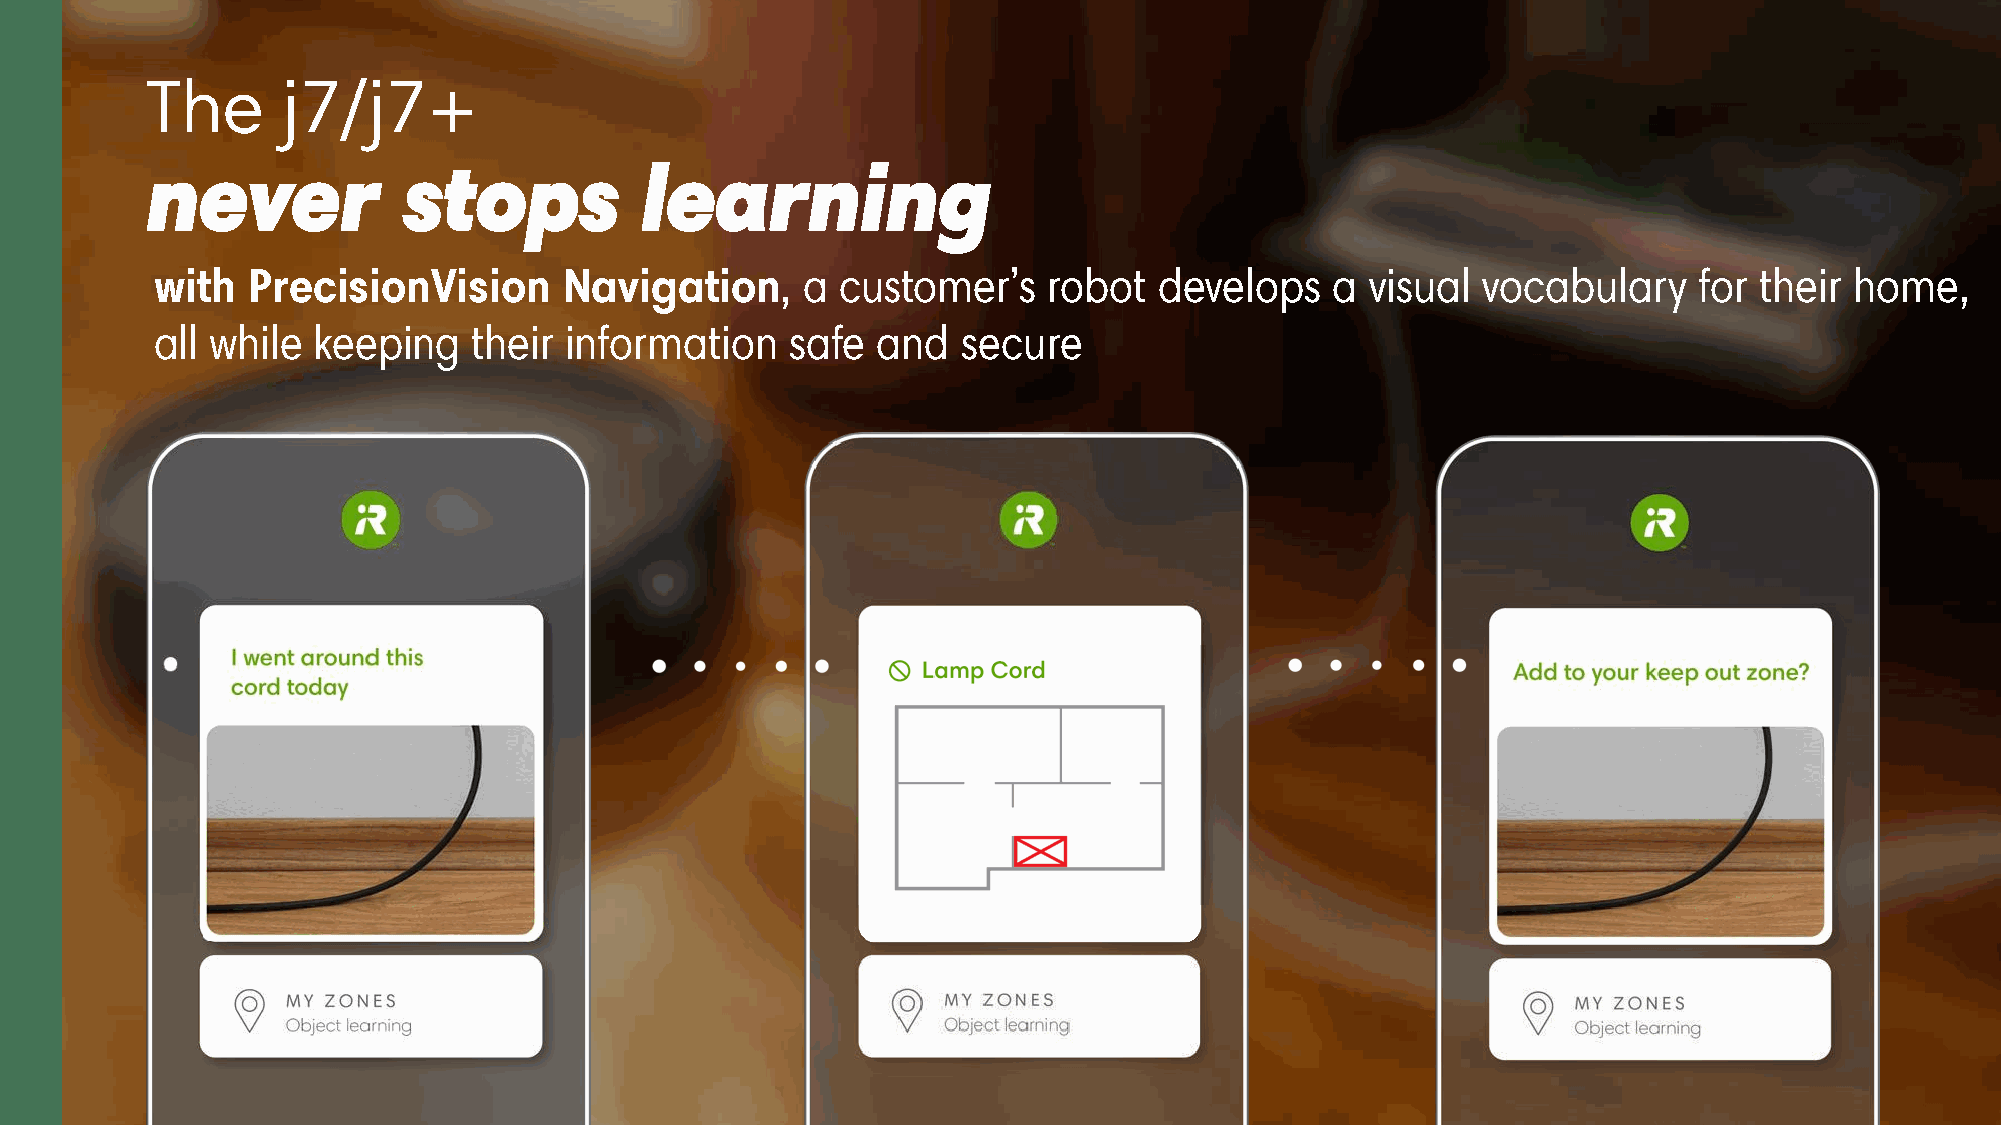
never            stops          learning
 with  PrecisionVision      Navigation      a  customer’s   robot   develops   a  visual vocabulary    for their  home,
 all while  keeping   their information    safe  and   secure
 69